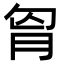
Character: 𮌎